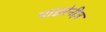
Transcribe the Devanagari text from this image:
पाइरेनीज़